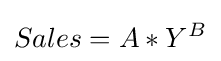
Sales={A}*{Y^{B}}